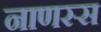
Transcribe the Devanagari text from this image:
नाणस्स